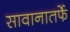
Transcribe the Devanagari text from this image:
सावानातर्फे